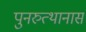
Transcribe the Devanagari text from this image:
पुनरुत्थानास